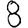
Digit: 8